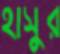
হাসুর